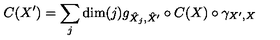
C ( X ^ { \prime } ) = \sum _ { j } \mathrm { d i m } ( j ) g _ { \hat { X } _ { j } , \hat { X } ^ { \prime } } \circ C ( X ) \circ \gamma _ { X ^ { \prime } , X }